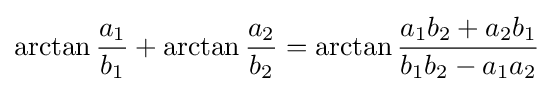
\arctan {\frac {a_{1}}{b_{1}}}+\arctan {\frac {a_{2}}{b_{2}}}=\arctan {\frac {a_{1}b_{2}+a_{2}b_{1}}{b_{1}b_{2}-a_{1}a_{2}}}